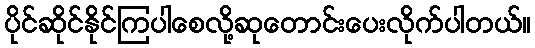
ပိုင်ဆိုင်နိုင်ကြပါစေလို့ဆုတောင်းပေးလိုက်ပါတယ်။